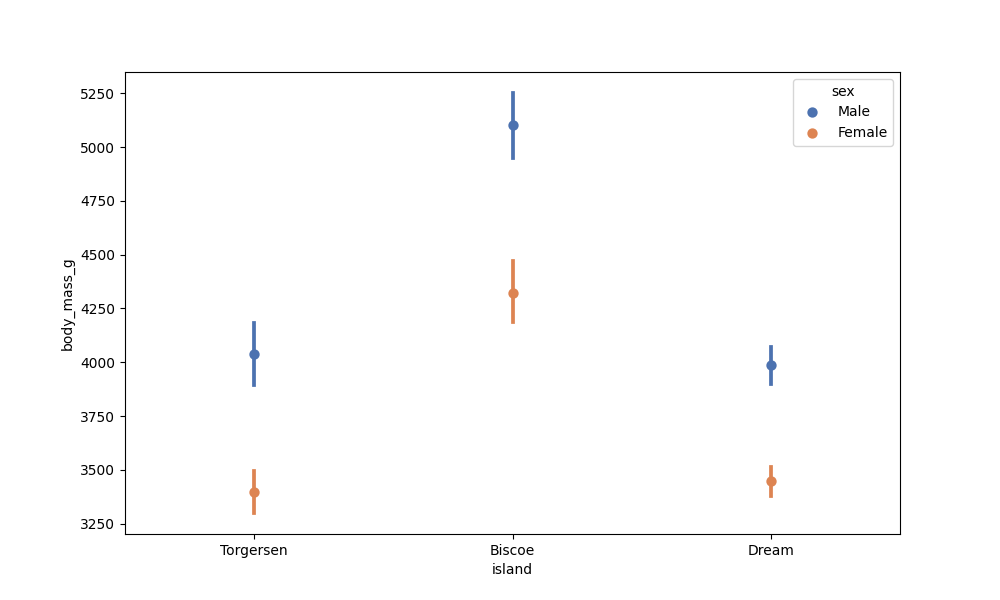
python, seaborn, pointplot, scale=1.0, join=False, hue='sex', palette='deep'